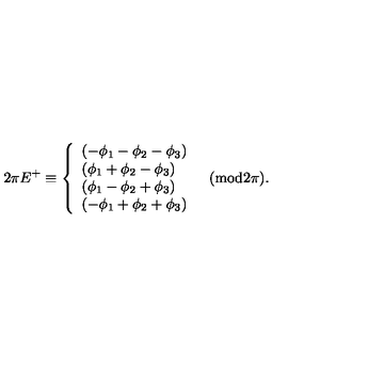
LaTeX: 2 \pi E ^ { + } \equiv \left\{ \begin{array} { l } { ( - \phi _ { 1 } - \phi _ { 2 } - \phi _ { 3 } ) } \\ { ( \phi _ { 1 } + \phi _ { 2 } - \phi _ { 3 } ) } \\ { ( \phi _ { 1 } - \phi _ { 2 } + \phi _ { 3 } ) } \\ { ( - \phi _ { 1 } + \phi _ { 2 } + \phi _ { 3 } ) } \\ \end{array} \quad \mathrm { ( m o d 2 \pi ) } . \right.